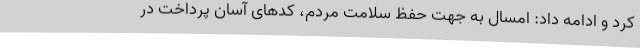
کرد و ادامه داد: امسال به جهت حفظ سلامت مردم، کدهای آسان پرداخت در